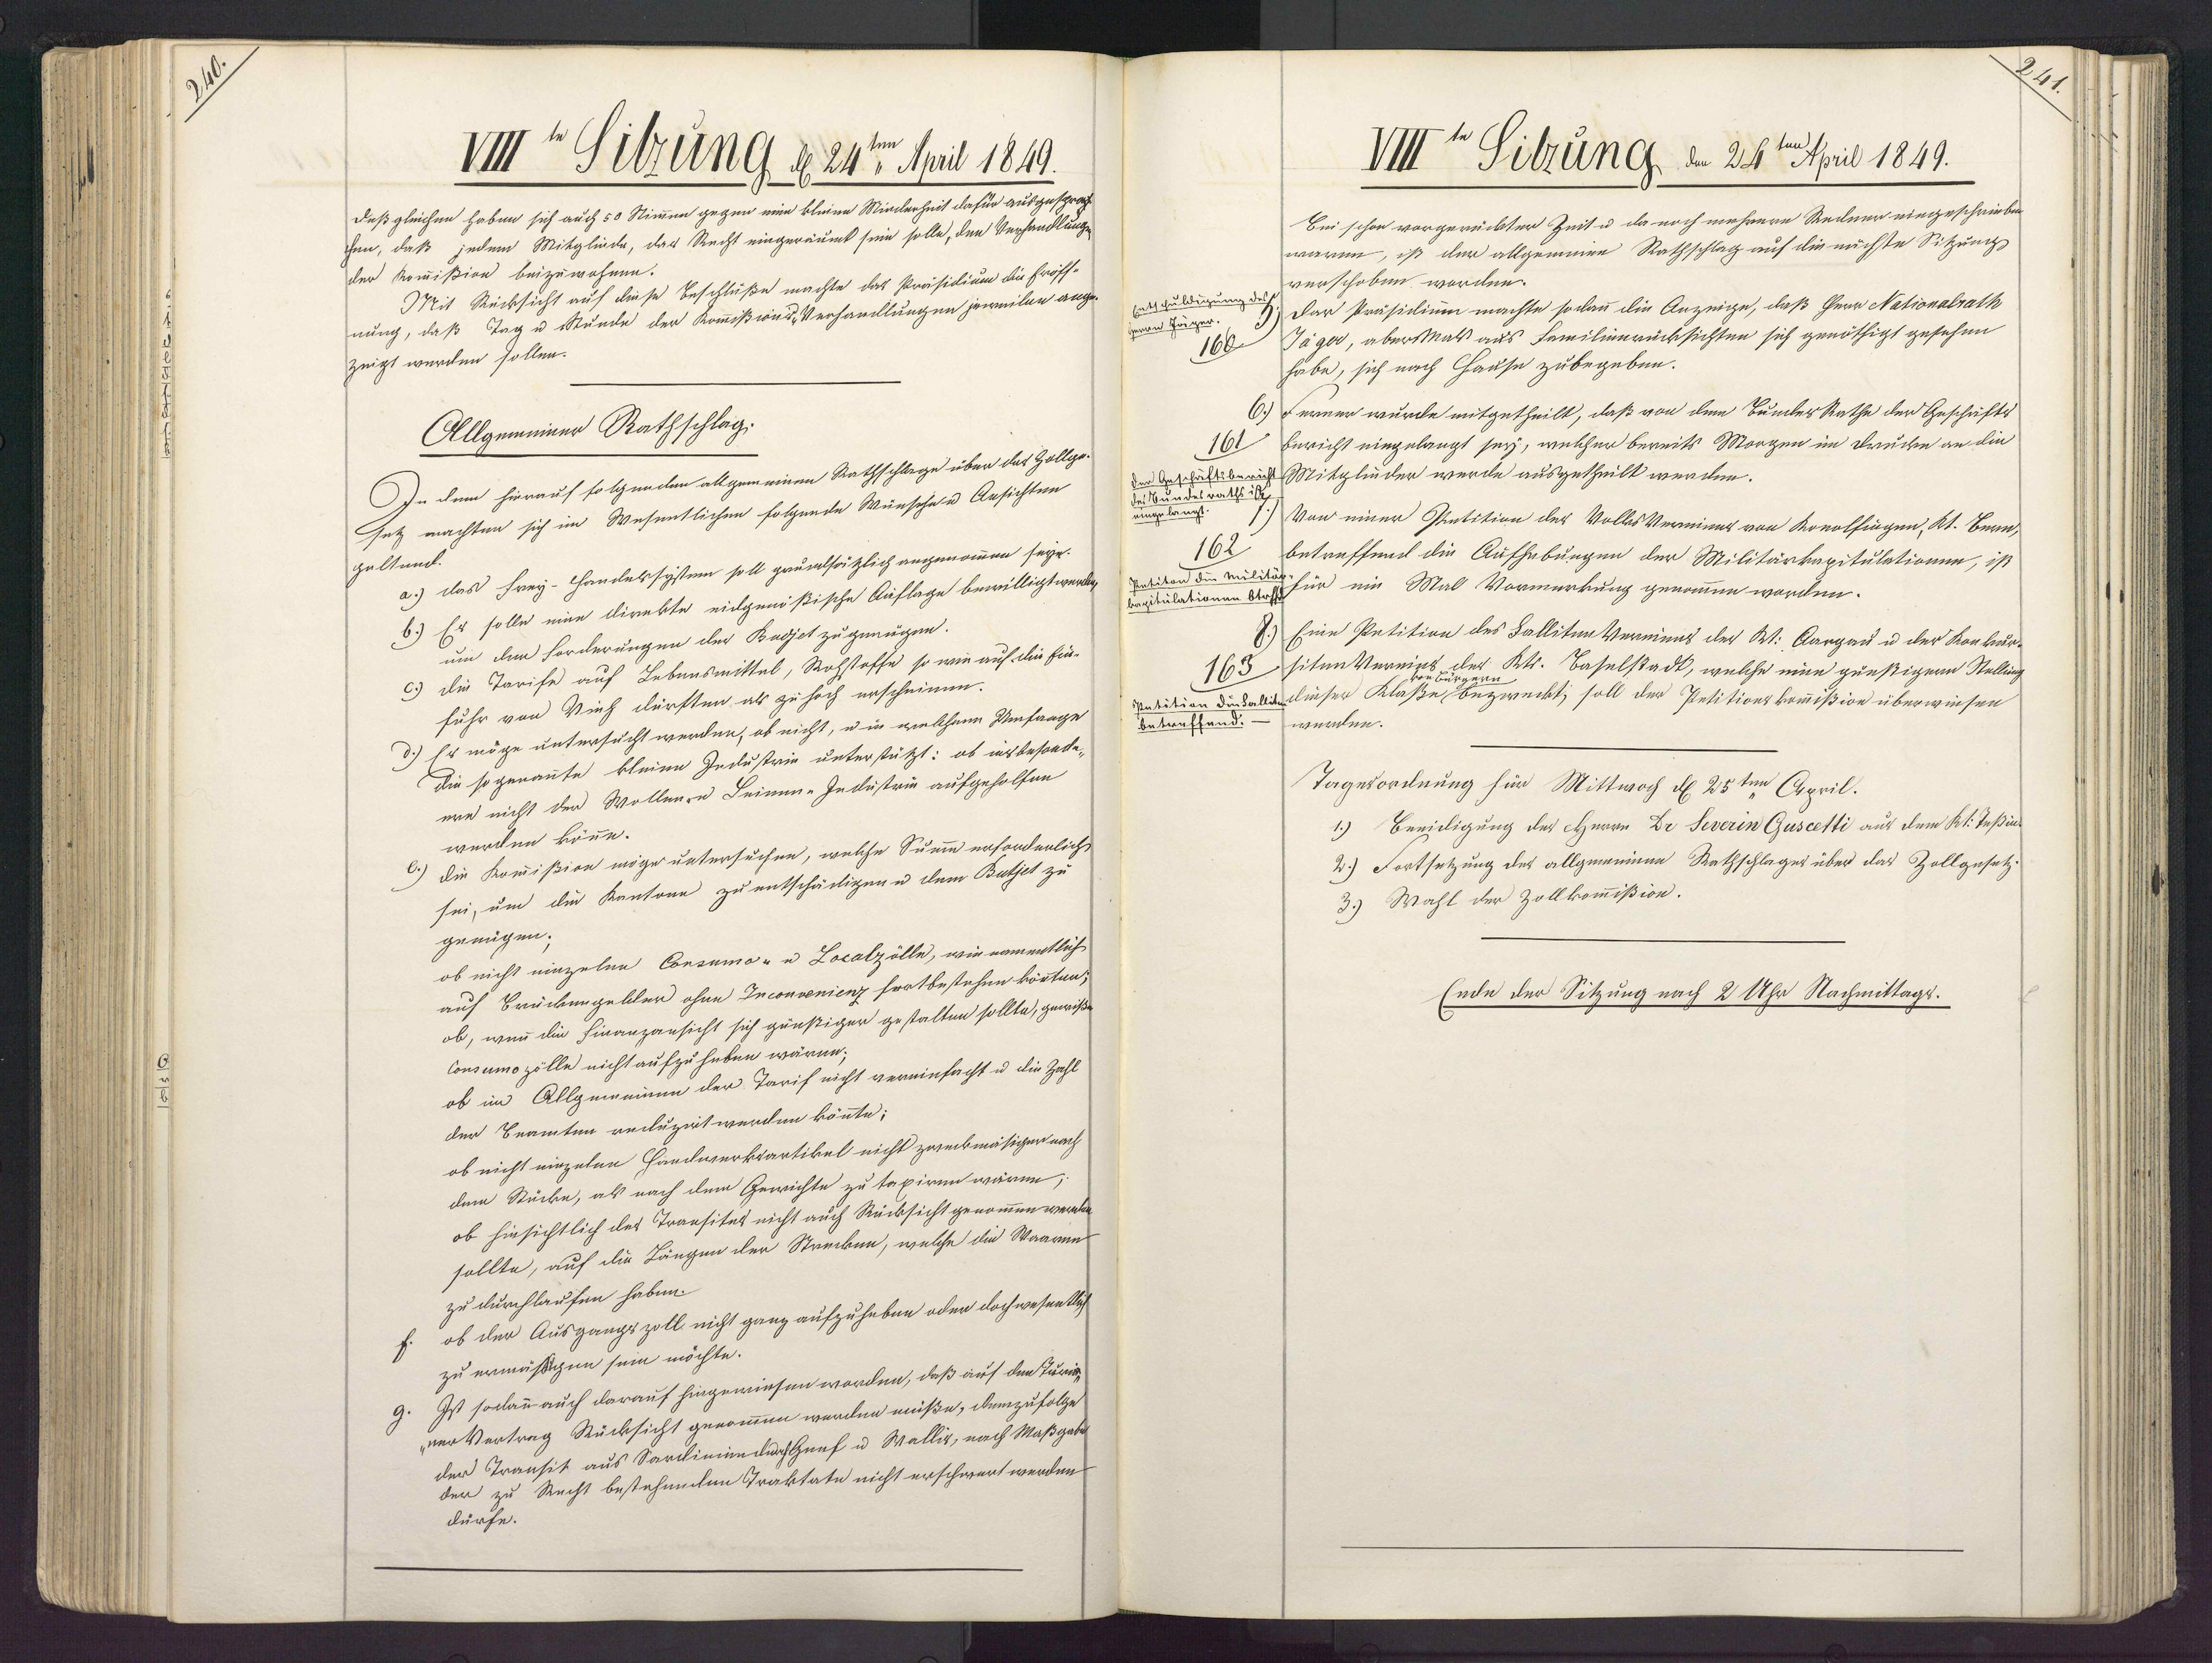
VIII u Sitzung d. 24ten April 1849.
deßgleichen haben sich auch 50 Stimmen gegen eine kleine Minderheit dafür ausgesprach
hen, daß jedem Mitgliede, das Recht eingeräumt sein solle, den Verhandlunge
der Kommißion beizuwohnen.
Mit Rücksicht auf diese Beschlüße machte das Präsidium die Eröff¬
nung, daß Tag u Stunde der Kommißions-Verhandlungen jeweilen ange-
zeigt werden sollen.
Allgemeiner Rathschlag:
In dem hierauf folgenden allgemeinen Rathschlage über das Zollge¬
Jetz machten sich im Wesentlichen folgende Wünsche u Ansichten
geltend.
a.) das Frey-Handelssystem soll prualsätzlich angenommen seye.
Er solle eine direkte eidgenisische Auflage bewilligt werden.
um dem Forderungen der Bodjet zugenügen.
c) die Tarife auf Lebensmittel, Rohstoffe so wie auf die Ein¬
fuhr von Vieh dürften als zu hoch erscheinen.
d.) Er möge untersucht werden, ob nicht, u in welchem Umfaage
Die sogenannte kleine Industrie unterstützt: ob insbesonde¬
ere nicht der Wollenrn Leimine Industrie aufgeholfen
werden könne.
die Kommißion möge untersuchen, welche Sume erfordenlich,
sei, um die Kantone zu entschädligen u dem Batjet zu
genügen;
ob nicht einzelne Consumo- u Localzölle, wie namentlich
auf Brückengebler ohne Inconvenienz fortbestehen könten;
ob, wenn die Finanzansicht sich günstiger gestalten sollte, gewiße
Consumo zölle nicht aufzuheben wären;
ob im Allgumninen der Tarif nicht vereinfacht u die Zahl
der Seamten recluzirt werden könnte;
ob nicht nirzelee Handwerktartikel nicht zweckmäsigen nach
dem Stücke, als nach dem Gewichte zu taxiren wären.
ob hinsichtlich des Transitet nicht auch Rücksicht genommen werden.
sollte, auf die Längen der Strecken, welche die Waaren
zu durchlaufen haben.
ob der Ausgangszoll nicht ganz aufzuheben oder dochwesentlich
zu ermäßigen sein möchte.
Ist sodann auch darauf hingewiesen worden, daß auf den Turia¬
verVertrag Rücksicht genommen werden müße, demzufolge
der Transit aus Sardimin durch Genf u Wallis, nach Maßgabr
der zu Recht bestehenden Traktate nicht erschwert werden
dürfe.

VIII t Sitzung, de 24ten April 1849.
Bei schon vorgerückter Zeit u da noch mehrere Redner eingeschrieben
waren, ist der allgemeiee Rathschlag auf die nächste Sitzung
verschoben worden.
Entschuldigung  Der Präsidium machte sodann die Anzeige, daß Herr Nationalrath
Hran Jäger.
Jäger, aberMals aus Familienrücksichten sich genöthigt gesehen
160
habe, sich nach Hause zubegeben.
Ferner wurde mitgetheilt, daß von dem BunlesRathe der Geschäfts
Bericht eingelangt sey, welcher bereits Morgen im Drucke an die
161
schäftsbericht Mitglinder werde ausgetheilt werden.
rathsis
Von einer Patition des VolkesVerminns von Konolfingen, Kt. Bern,
162
betreffend die Aufhebungen der Militärkapitulationim, ist
patiton die Militä für ein Mal Vormerkung genommen worden.
kapitulationen btrfft
Eine Petition des Falliten Verninns der Wt. Aargau u der Konkur¬
163 siten Vereins des Ktr. Baselstadt, welche eine günstigern Stellung
patition diehallit dieser Klaße bezweckt; soll der Petitionskommißion überwiesen
betreffend.
werden.
Tagesordnung für Mittwoch d 25ten April.
1.) Beeidigung des Herrn Dr Severin Guscetti aus dem Kt. Teßin¬
2.) Fortsetzung des allgemeinen Rathschlages über das Zollgesetz¬
3.) Wahl der Zollkommißion.
Ende der Sitzung nach 2 Uhr Nachmittags.

H